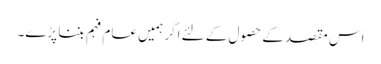
اس مقصد کے حصول کے لئے اگر ہمیں عام فہم بننا پڑے۔